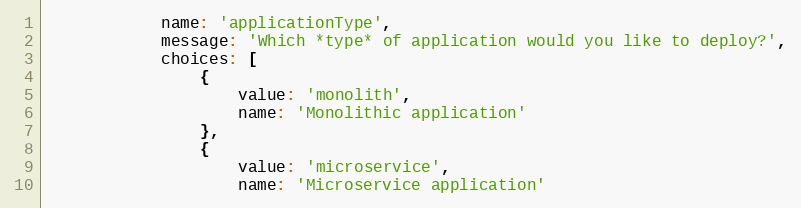
Language: JavaScript
            name: 'applicationType',
            message: 'Which *type* of application would you like to deploy?',
            choices: [
                {
                    value: 'monolith',
                    name: 'Monolithic application'
                },
                {
                    value: 'microservice',
                    name: 'Microservice application'